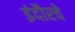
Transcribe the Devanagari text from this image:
इंदौरचे